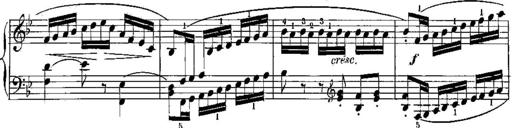
Title: 6 Sonatines
Composer: Albert Lavignac
Key: C major
 G major
 D major
 A minor
 F major
 B-flat major